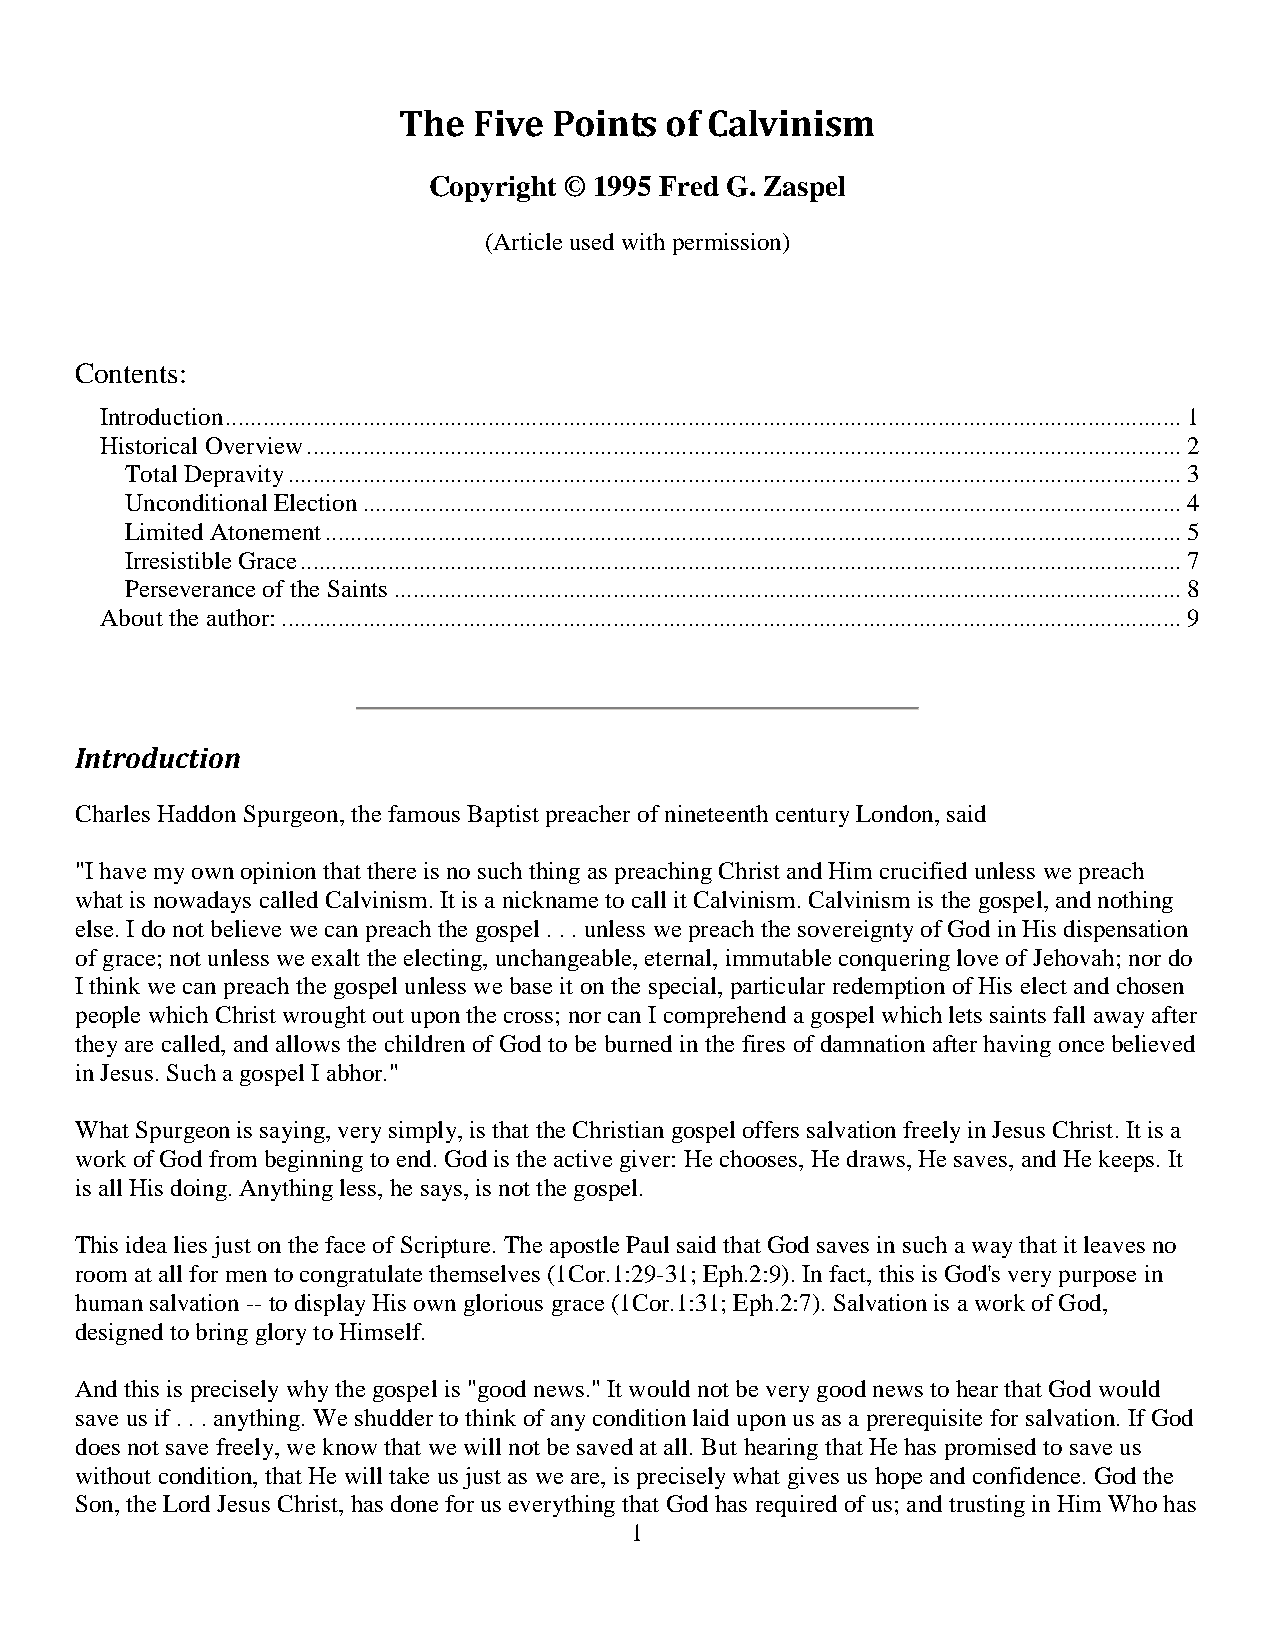
The  Five  Points of Calvinism
 Copyright © 1995 Fred G. Zaspel
 (Article used with permission)
 Contents:
 Introduction ......................................................................................................................................................... 1
 Historical Overview ............................................................................................................................................ 2
 Total Depravity ............................................................................................................................................... 3
 Unconditional Election ................................................................................................................................... 4
 Limited Atonement ......................................................................................................................................... 5
 Irresistible Grace ............................................................................................................................................. 7
 Perseverance of the Saints .............................................................................................................................. 8
 About the author: ................................................................................................................................................ 9
 Introduction
 Charles Haddon Spurgeon, the famous Baptist preacher of nineteenth century London, said
 "I have my own opinion that there is no such thing as preaching Christ and Him crucified unless we preach
 what is nowadays called Calvinism. It is a nickname to call it Calvinism. Calvinism is the gospel, and nothing
 else. I do not believe we can preach the gospel . . . unless we preach the sovereignty of God in His dispensation
 of grace; not unless we exalt the electing, unchangeable, eternal, immutable conquering love of Jehovah; nor do
 I think we can preach the gospel unless we base it on the special, particular redemption of His elect and chosen
 people which Christ wrought out upon the cross; nor can I comprehend a gospel which lets saints fall away after
 they are called, and allows the children of God to be burned in the fires of damnation after having once believed
 in Jesus. Such a gospel I abhor."
 What Spurgeon is saying, very simply, is that the Christian gospel offers salvation freely in Jesus Christ. It is a
 work of God from beginning to end. God is the active giver: He chooses, He draws, He saves, and He keeps. It
 is all His doing. Anything less, he says, is not the gospel.
 This idea lies just on the face of Scripture. The apostle Paul said that God saves in such a way that it leaves no
 room at all for men to congratulate themselves (1Cor.1:29-31; Eph.2:9). In fact, this is God's very purpose in
 human salvation -- to display His own glorious grace (1Cor.1:31; Eph.2:7). Salvation is a work of God,
 designed to bring glory to Himself.
 And this is precisely why the gospel is "good news." It would not be very good news to hear that God would
 save us if . . . anything. We shudder to think of any condition laid upon us as a prerequisite for salvation. If God
 does not save freely, we know that we will not be saved at all. But hearing that He has promised to save us
 without condition, that He will take us just as we are, is precisely what gives us hope and confidence. God the
 Son, the Lord Jesus Christ, has done for us everything that God has required of us; and trusting in Him Who has
 1